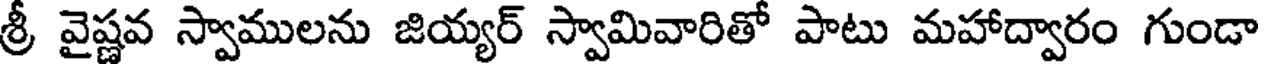
శ్రీ వైష్ణవ స్వాములను జియ్యర్ స్వామివారితో పాటు మహాద్వారం గుండా